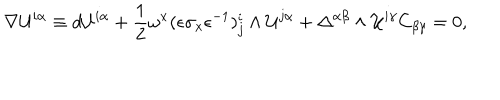
\nabla { \cal U } ^ { i \alpha } \equiv d { \cal U } ^ { i \alpha } + { \frac { 1 } { 2 } } \omega ^ { x } ( \epsilon \sigma _ { x } \epsilon ^ { - 1 } ) _ { j } ^ { i } \wedge { \cal U } ^ { j \alpha } + \Delta ^ { \alpha \beta } \wedge { \cal U } ^ { i \gamma } C _ { \beta \gamma } = 0 ,